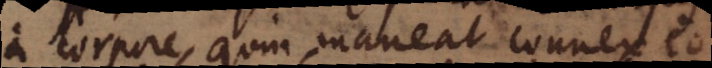
a corpore, quin maneat connexio.